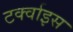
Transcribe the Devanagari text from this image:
टर्क्वाइस